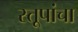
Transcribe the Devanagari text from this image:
स्तूपांचा